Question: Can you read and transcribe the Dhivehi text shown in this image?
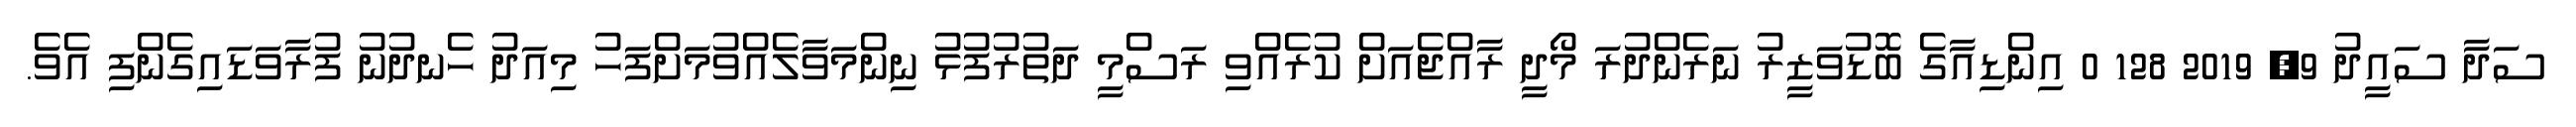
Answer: ސަދާ ސައީދު 9, 2019 128 0 އިންޑިއާގެ ބޮޑުވަޒީރު ނަރެންދުރަ މޯދީ ރާއްޖެއަށް ކުރެއްވި ރަސްމީ ދަތުރުފުޅު ނިންމަވާލެއްވުމަށްފަހު މިއަދު ހެނދުނު ފުރާވަޑައިގެންފި އެވެ.